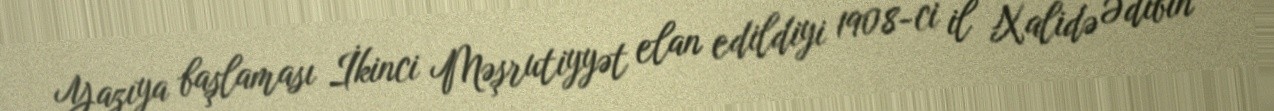
Yazıya başlaması İkinci Məşrutiyyət elan edildiyi 1908-ci il Xalidə Ədibin